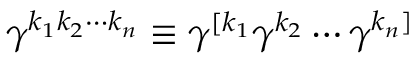
\gamma ^ { k _ { 1 } k _ { 2 } \cdots k _ { n } } \equiv \gamma ^ { [ k _ { 1 } } \gamma ^ { k _ { 2 } } \cdots \gamma ^ { k _ { n } ] }